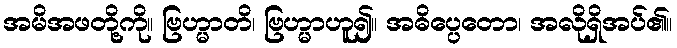
အမိအဖတို့ကို။ ဗြဟ္မာတိ၊ ဗြဟ္မာဟူ၍။ အဓိပ္ပေတော၊ အလိုရှိအပ်၏။